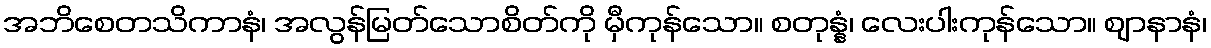
အဘိစေတသိကာနံ၊ အလွန်မြတ်သောစိတ်ကို မှီကုန်သော။ စတုန္နံ၊ လေးပါးကုန်သော။ ဈာနာနံ၊